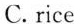
C. rice